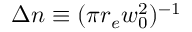
\Delta n \equiv ( \pi r _ { e } w _ { 0 } ^ { 2 } ) ^ { - 1 }